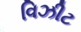
વિઝીટ